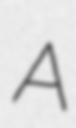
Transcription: A